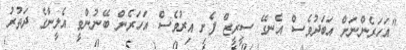
"އަހަރެންނަށް އަބަދުވެސް އެނގޭ ސީރީޒް ފެށި އިރުވެސް އަހަރެން ބޭނުންވީ އެލީނާގެ ދަތުރު